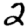
Digit: 2